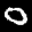
Label: 0